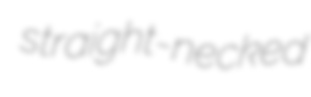
straight-necked